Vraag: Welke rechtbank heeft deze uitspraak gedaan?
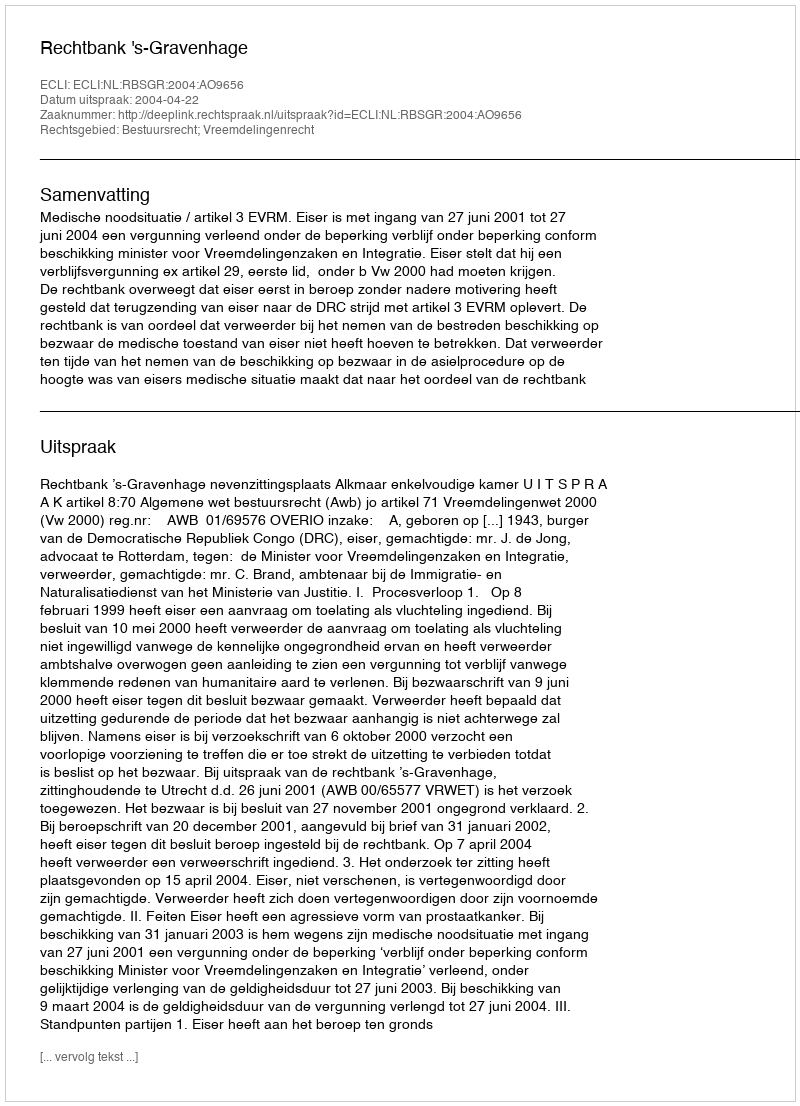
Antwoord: Rechtbank 's-Gravenhage